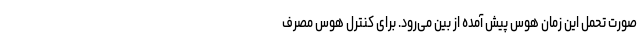
صورت تحمل این زمان هوس پیش آمده از بین می‌رود. برای کنترل هوس مصرف